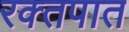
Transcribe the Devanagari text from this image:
रक्‍तपात